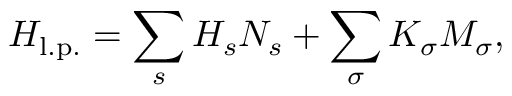
H _ { \mathrm { l . p . } } = \sum _ { s } H _ { s } N _ { s } + \sum _ { \sigma } K _ { \sigma } M _ { \sigma } ,